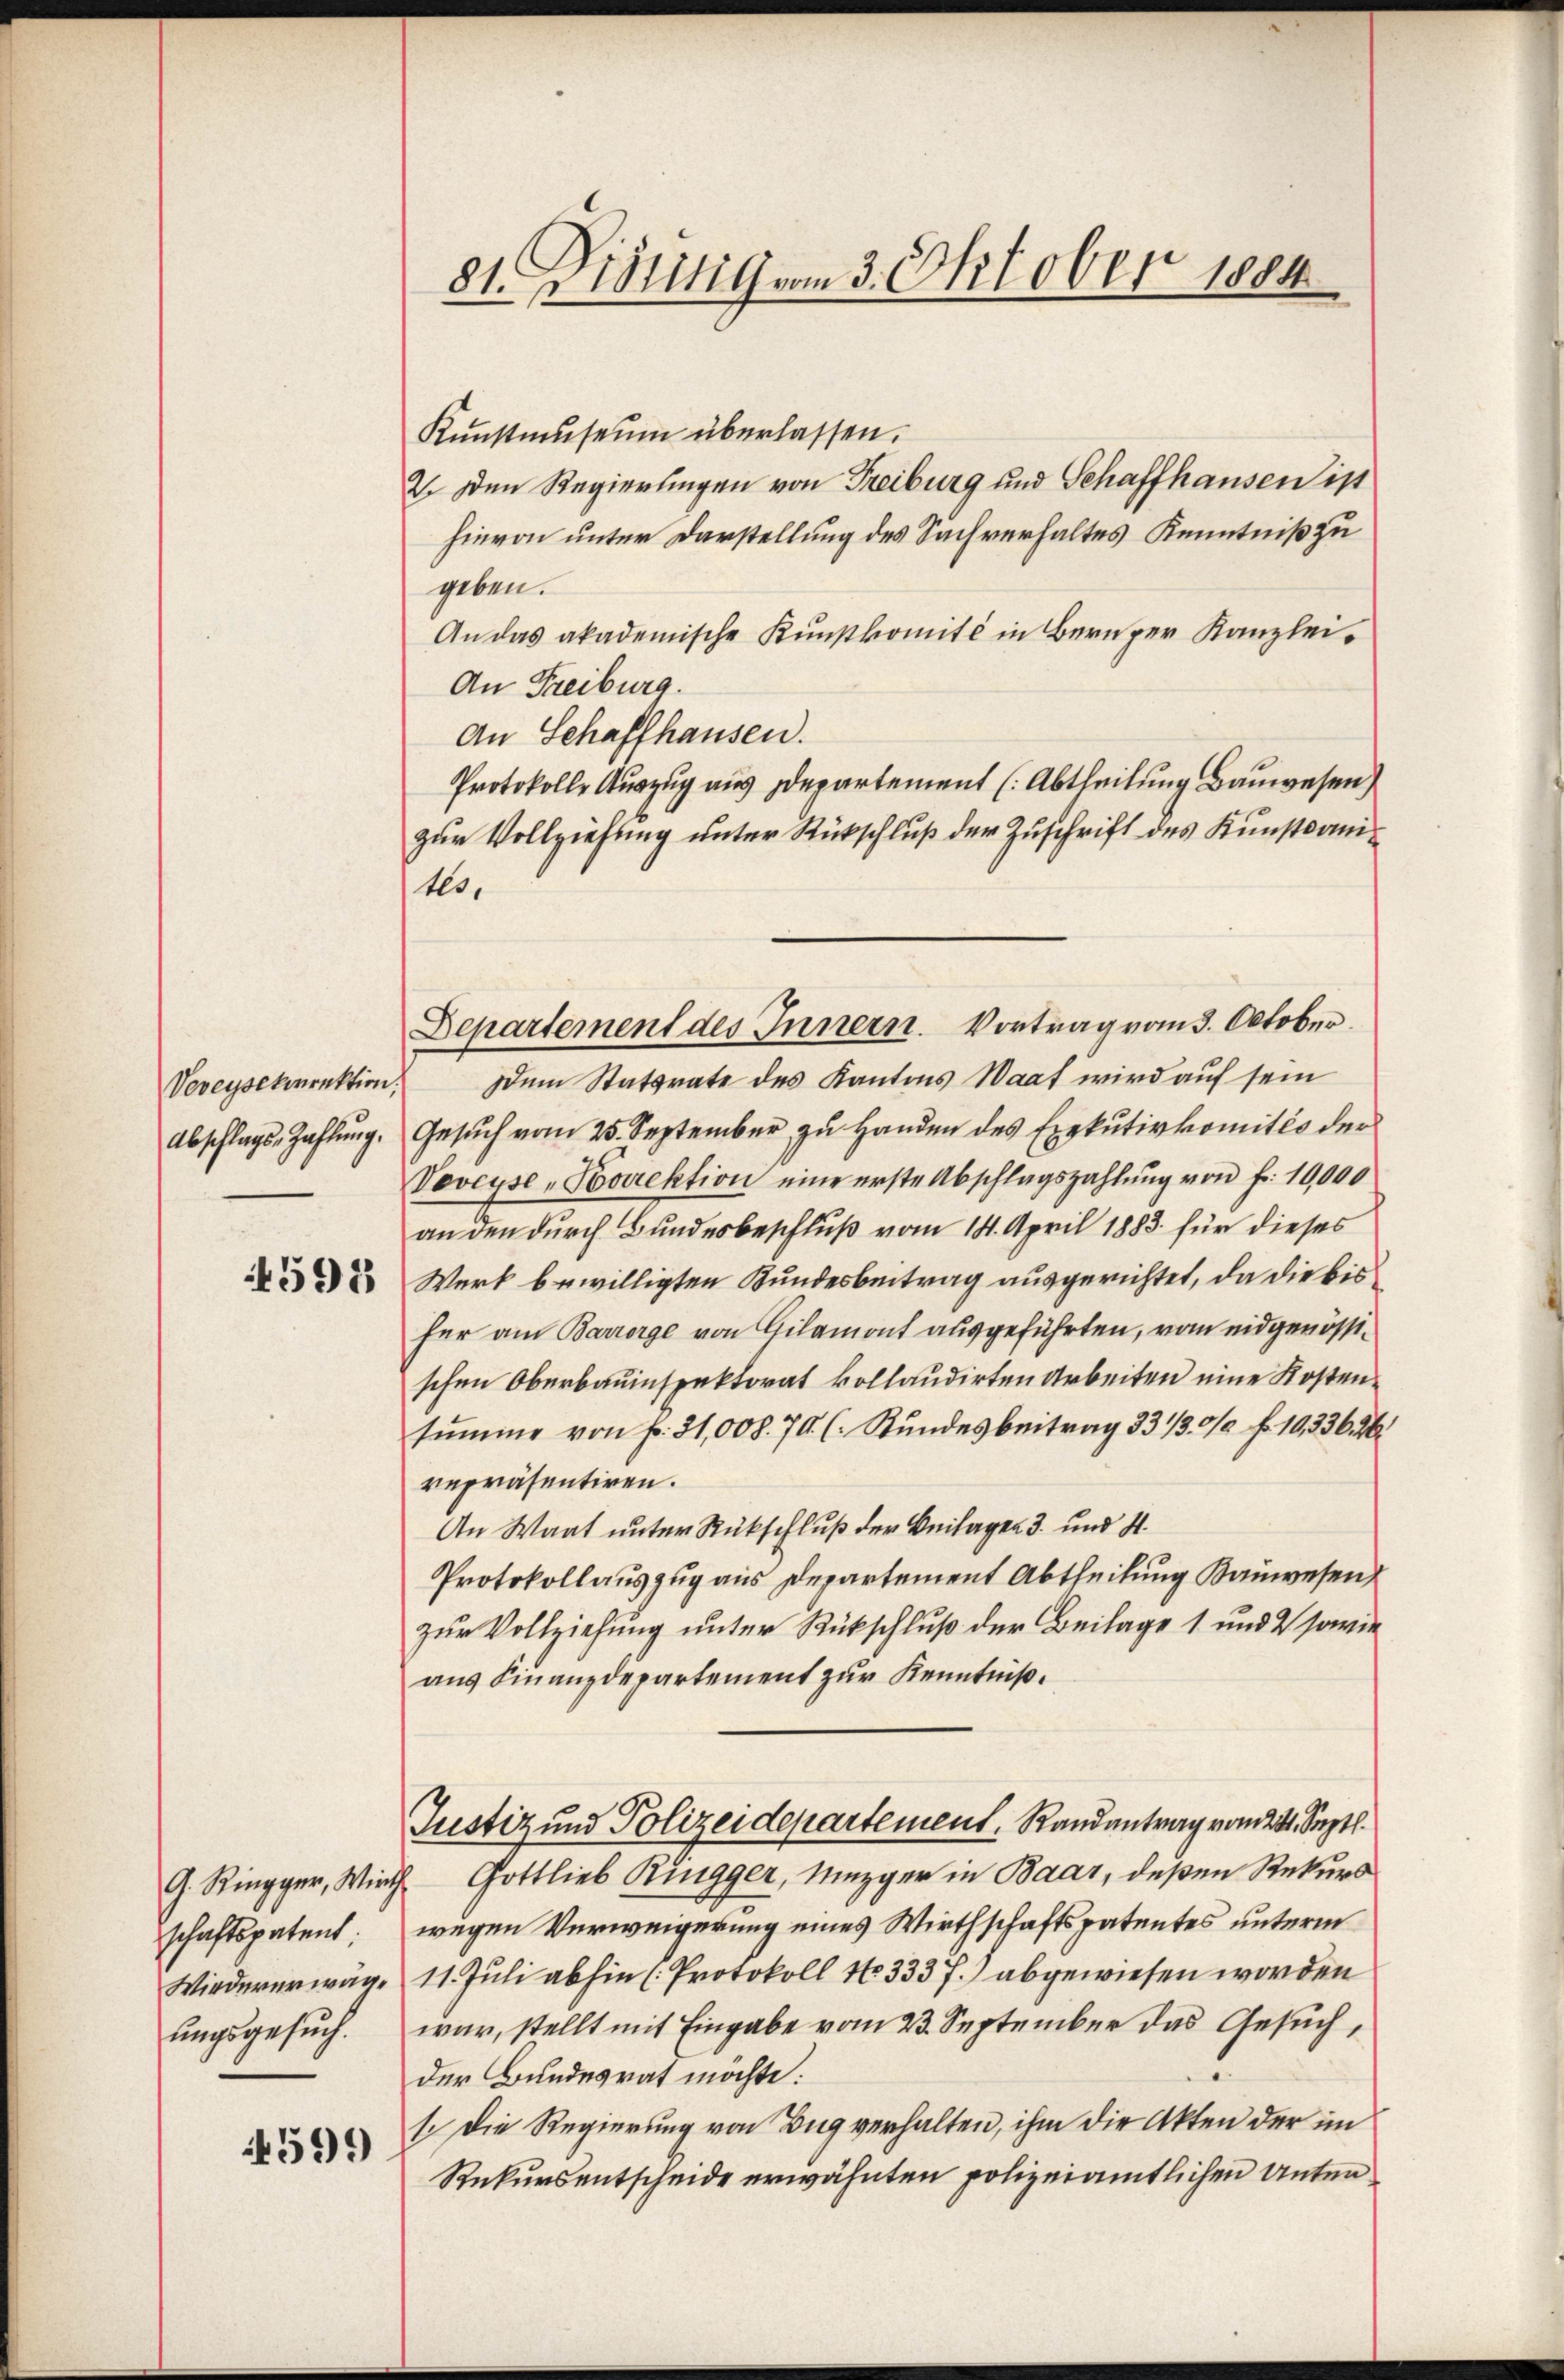
Veveysekorrektion,
Abschlags-Zahlung.

4593

schaftspatent
Wiedererwäge
ungsgesuch.

4599

81. Didung vom 3. Oktober 1884

Kŭnstmuseum überlassen.
2. Den Regierungen von Freiburg und Schaffhausen ist
hievon unter Darstellung des Sachverhaltes Kenntniß zu
geben.
An das akademische Kunstkomité in Berner Kanzlei-
An Freiburg.
An Schaffhausen.
Protokolle Auszug aus departement (Abtheilung Bauwesen)
zur Vollziehung unter Rückschluß der Zuschrift des Kunstanites.
Dem Statsrate des Kantons Waaf wird auf sein
Gesuch vom 25. September zu Handen des Exekutivkomités der
Veveyse-Korrektion eine erste Abschlagszahlung von Fr. 10,000
an den durch Bundesbeschluß vom 14. April 1883. für dieses
Werk bewilligten Bundesbeitrag ausgerichtet, da die bis
fer am Barrorge von Gilamont ausgeführten, vom eidgenössischen Oberbauinspektorat kollaudirten Arbeiten eine Kostensŭmme von fr. 31,008. 70. ( Stŭndesbeitrag 33 1/30/ f. 10,336. 26.
repräsentiren.
An Waat unter Rückschluß der Beilagen 3. und St.
Protokollauszug aus Departement Abtheilung Bauwesen
zur Vollziehung unter Rückschluß der Beilage 1 und 2 sowie
aŭs Finanzdepartement zŭr Kenntniß.
Justiz und Polizeidepartement. Randantrag vom 24. Sept.
G. Ringger, Wirth Gottlieb Ringger, Mezger in Baar, deßen Rekurs
wegen Verweigerung eines Wirthschaftspatentes unterm
11. Juli abhin (Protokoll No 333 f.) abgewiesen worden
war, stellt mit Eingabe vom 23. September das Gesuch,
der Bundesrat möchte:
1. Die Regierung von Zug verhalten, ihm die Akten der im
Rekursentscheide erwähnten polizeiamtlichen Unter

Departement des Innern. Vortrag vom 3. October.